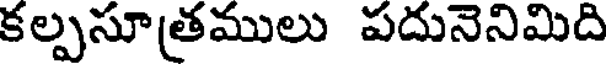
కల్పసూ(తములు పదునెనిమిది